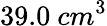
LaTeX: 39.0~cm^{3}